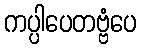
ကပ္ပါပေတဗ္ဗံပေ